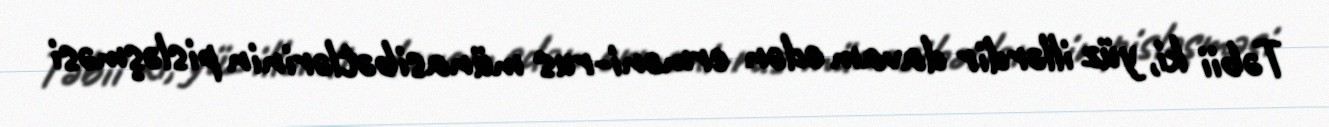
Təbii ki, yüz illərdir davam edən erməni-rus münasibətlərinin pisləşməsi